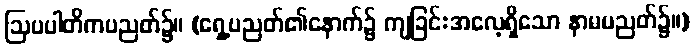
ဩပပါတိကပညတ်၌။ (ရှေ့ပညတ်၏နောက်၌ ကျခြင်းအလေ့ရှိသော နာမပညတ်၌။)